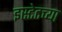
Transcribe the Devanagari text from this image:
इस्टेटच्या